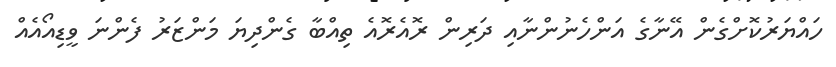
ހައްޔަރުކޮށްގެން އޭނާގެ އަންހެނުންނާއި ދަރިން ރޮއެރޮއެ ތިއްބާ ގެންދިޔަ މަންޒަރު ފެންނަ ވީޑިއޯއެއް